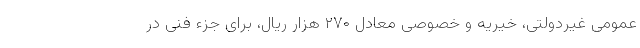
عمومی غیردولتی، خیریه و خصوصی معادل ۲۷۰ هزار ریال، برای جزء فنی در